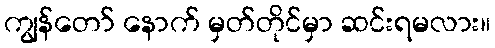
ကျွန်တော် နောက် မှတ်တိုင်မှာ ဆင်းရမလား။